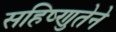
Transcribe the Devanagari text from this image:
सहिष्णुतेने